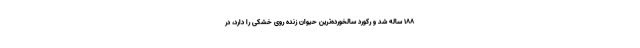
۱۸۸ ساله شد و رکورد سالخورده‌ترین حیوان زنده روی خشکی را دارد، در